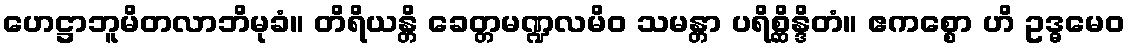
ဟေဋ္ဌာဘူမိတလာဘိမုခံ။ တိရိယန္တိ ခေတ္တမဏ္ဍလမိဝ သမန္တာ ပရိစ္ဆိန္ဒိတံ။ ဧကစ္စော ဟိ ဥဒ္ဓမေဝ